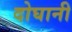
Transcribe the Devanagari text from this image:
दोघानी